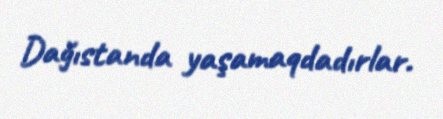
Dağıstanda yaşamaqdadırlar.